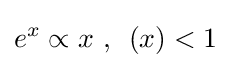
{e}^{x}\propto x{\text{ }},{\text{ }}\left(x\right)<1